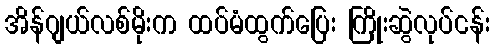
အိန်ဂျယ်လစ်မိုးက ထပ်မံထွက်ပြေး ကြိုးဆွဲလုပ်ငန်း